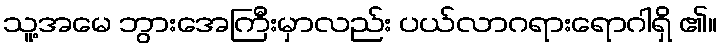
သူ့အမေ ဘွားအေကြီးမှာလည်း ပယ်လာဂရားရောဂါရှိ ၏။